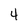
Character: 4